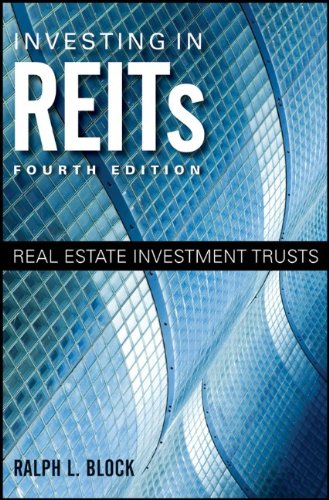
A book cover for Investing in REITs: Real Estate Investment Trusts; Ralph L. Block; Business & Money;